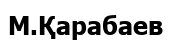
М.Қарабаев